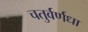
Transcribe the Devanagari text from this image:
चतुर्वर्णधा